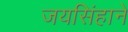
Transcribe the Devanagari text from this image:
जयसिंहाने